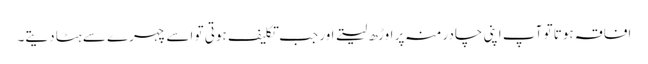
افاقہ ہوتا تو آپ اپنی چادر منہ پر اوڑھ لیتے اور جب تکلیف ہوتی تو اسے چہرے سے ہٹا دیتے۔